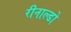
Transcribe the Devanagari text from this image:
रीनाल्डो